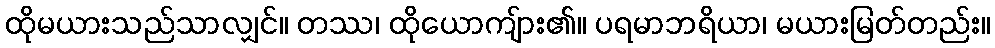
ထိုမယားသည်သာလျှင်။ တဿ၊ ထိုယောကျ်ား၏။ ပရမာဘရိယာ၊ မယားမြတ်တည်း။